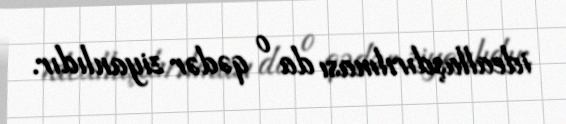
ideallaşdırılması da o qədər ziyanlıdır.